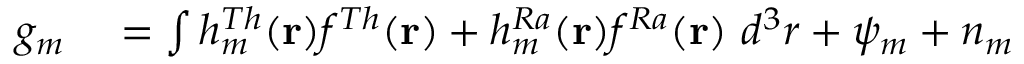
\begin{array} { r l } { g _ { m } } & { { } = \int h _ { m } ^ { T h } ( \mathbf { r } ) f ^ { T h } ( \mathbf { r } ) + h _ { m } ^ { R a } ( \mathbf { r } ) f ^ { R a } ( \mathbf { r } ) ~ d ^ { 3 } r + \psi _ { m } + n _ { m } } \end{array}